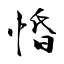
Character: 惛